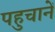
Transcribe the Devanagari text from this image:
पहुचानें